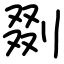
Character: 剟